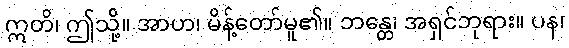
ဣတိ၊ ဤသို့။ အာဟ၊ မိန့်တော်မူ၏။ ဘန္တေ၊ အရှင်ဘုရား။ ပန၊